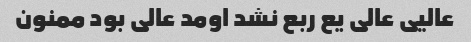
عالیی عالی یع ربع نشد اومد عالی بود ممنون